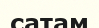
сатам